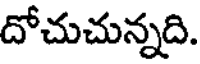
దోచుచున్నది.